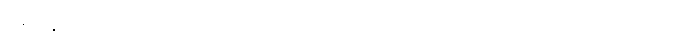
၁၈ နှစ် ပြည့်ပြီဖြစ်၍ ရှေးယု၏ သဘောတူညီချက် ရယူဖို့ မလို တော့ပေ။